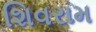
શિવરામ